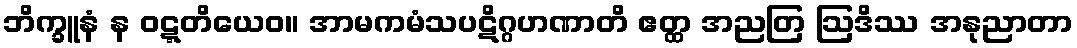
ဘိက္ခူနံ န ဝဋ္ဋတိယေဝ။ အာမကမံသပဋိဂ္ဂဟဏာတိ ဧတ္ထ အညတြ ဩဒိဿ အနုညာတာ